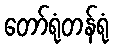
တော်ရုံတန်ရုံ